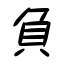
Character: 負